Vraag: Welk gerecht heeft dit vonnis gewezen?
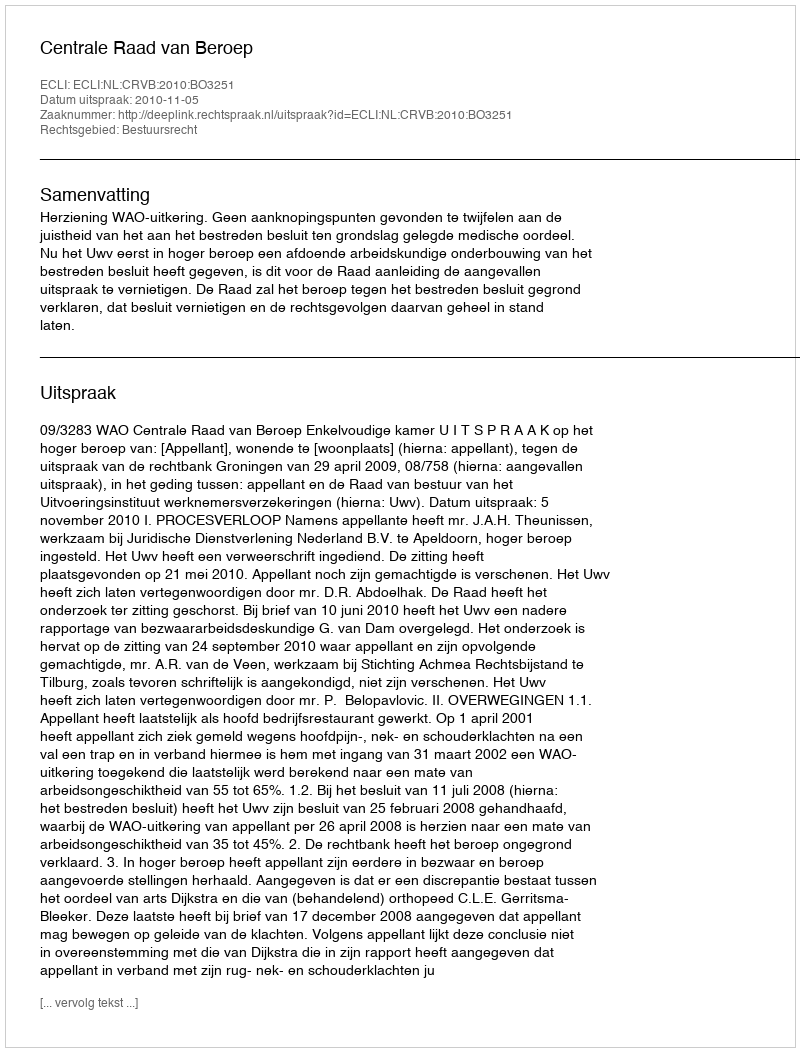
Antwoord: Centrale Raad van Beroep